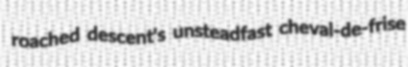
roached descent's unsteadfast cheval-de-frise